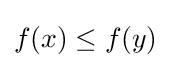
f\!\left(x\right)\leq f\!\left(y\right)